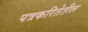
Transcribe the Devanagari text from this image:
पत्रकरितेतील